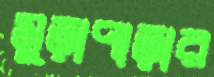
মুড়াপাড়ার